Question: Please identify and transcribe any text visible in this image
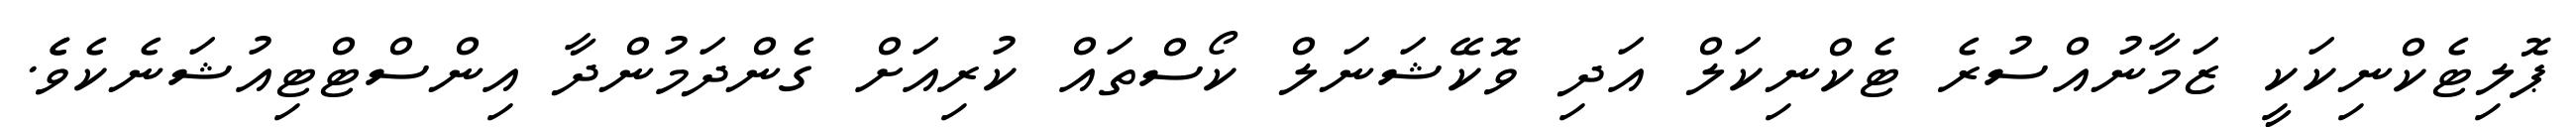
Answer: ޕޮލިޓެކްނިކަކީ ޒަމާނުއްސުރެ ޓެކްނިކަލް އަދި ވޮކޭޝަނަލް ކޯސްތައް ކުރިއަށް ގެންދަމުންދާ އިންސްޓްޓިއުޝަނެކެވެެ.